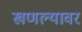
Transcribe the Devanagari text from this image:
खणल्यावर